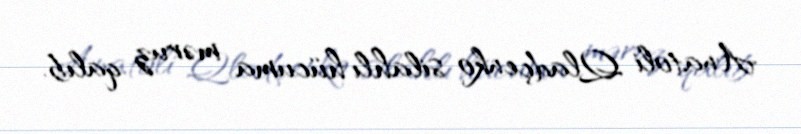
Anatoli Qladçenko silahlı hücuma məruz qalıb.